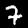
Label: 7